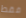
فقط